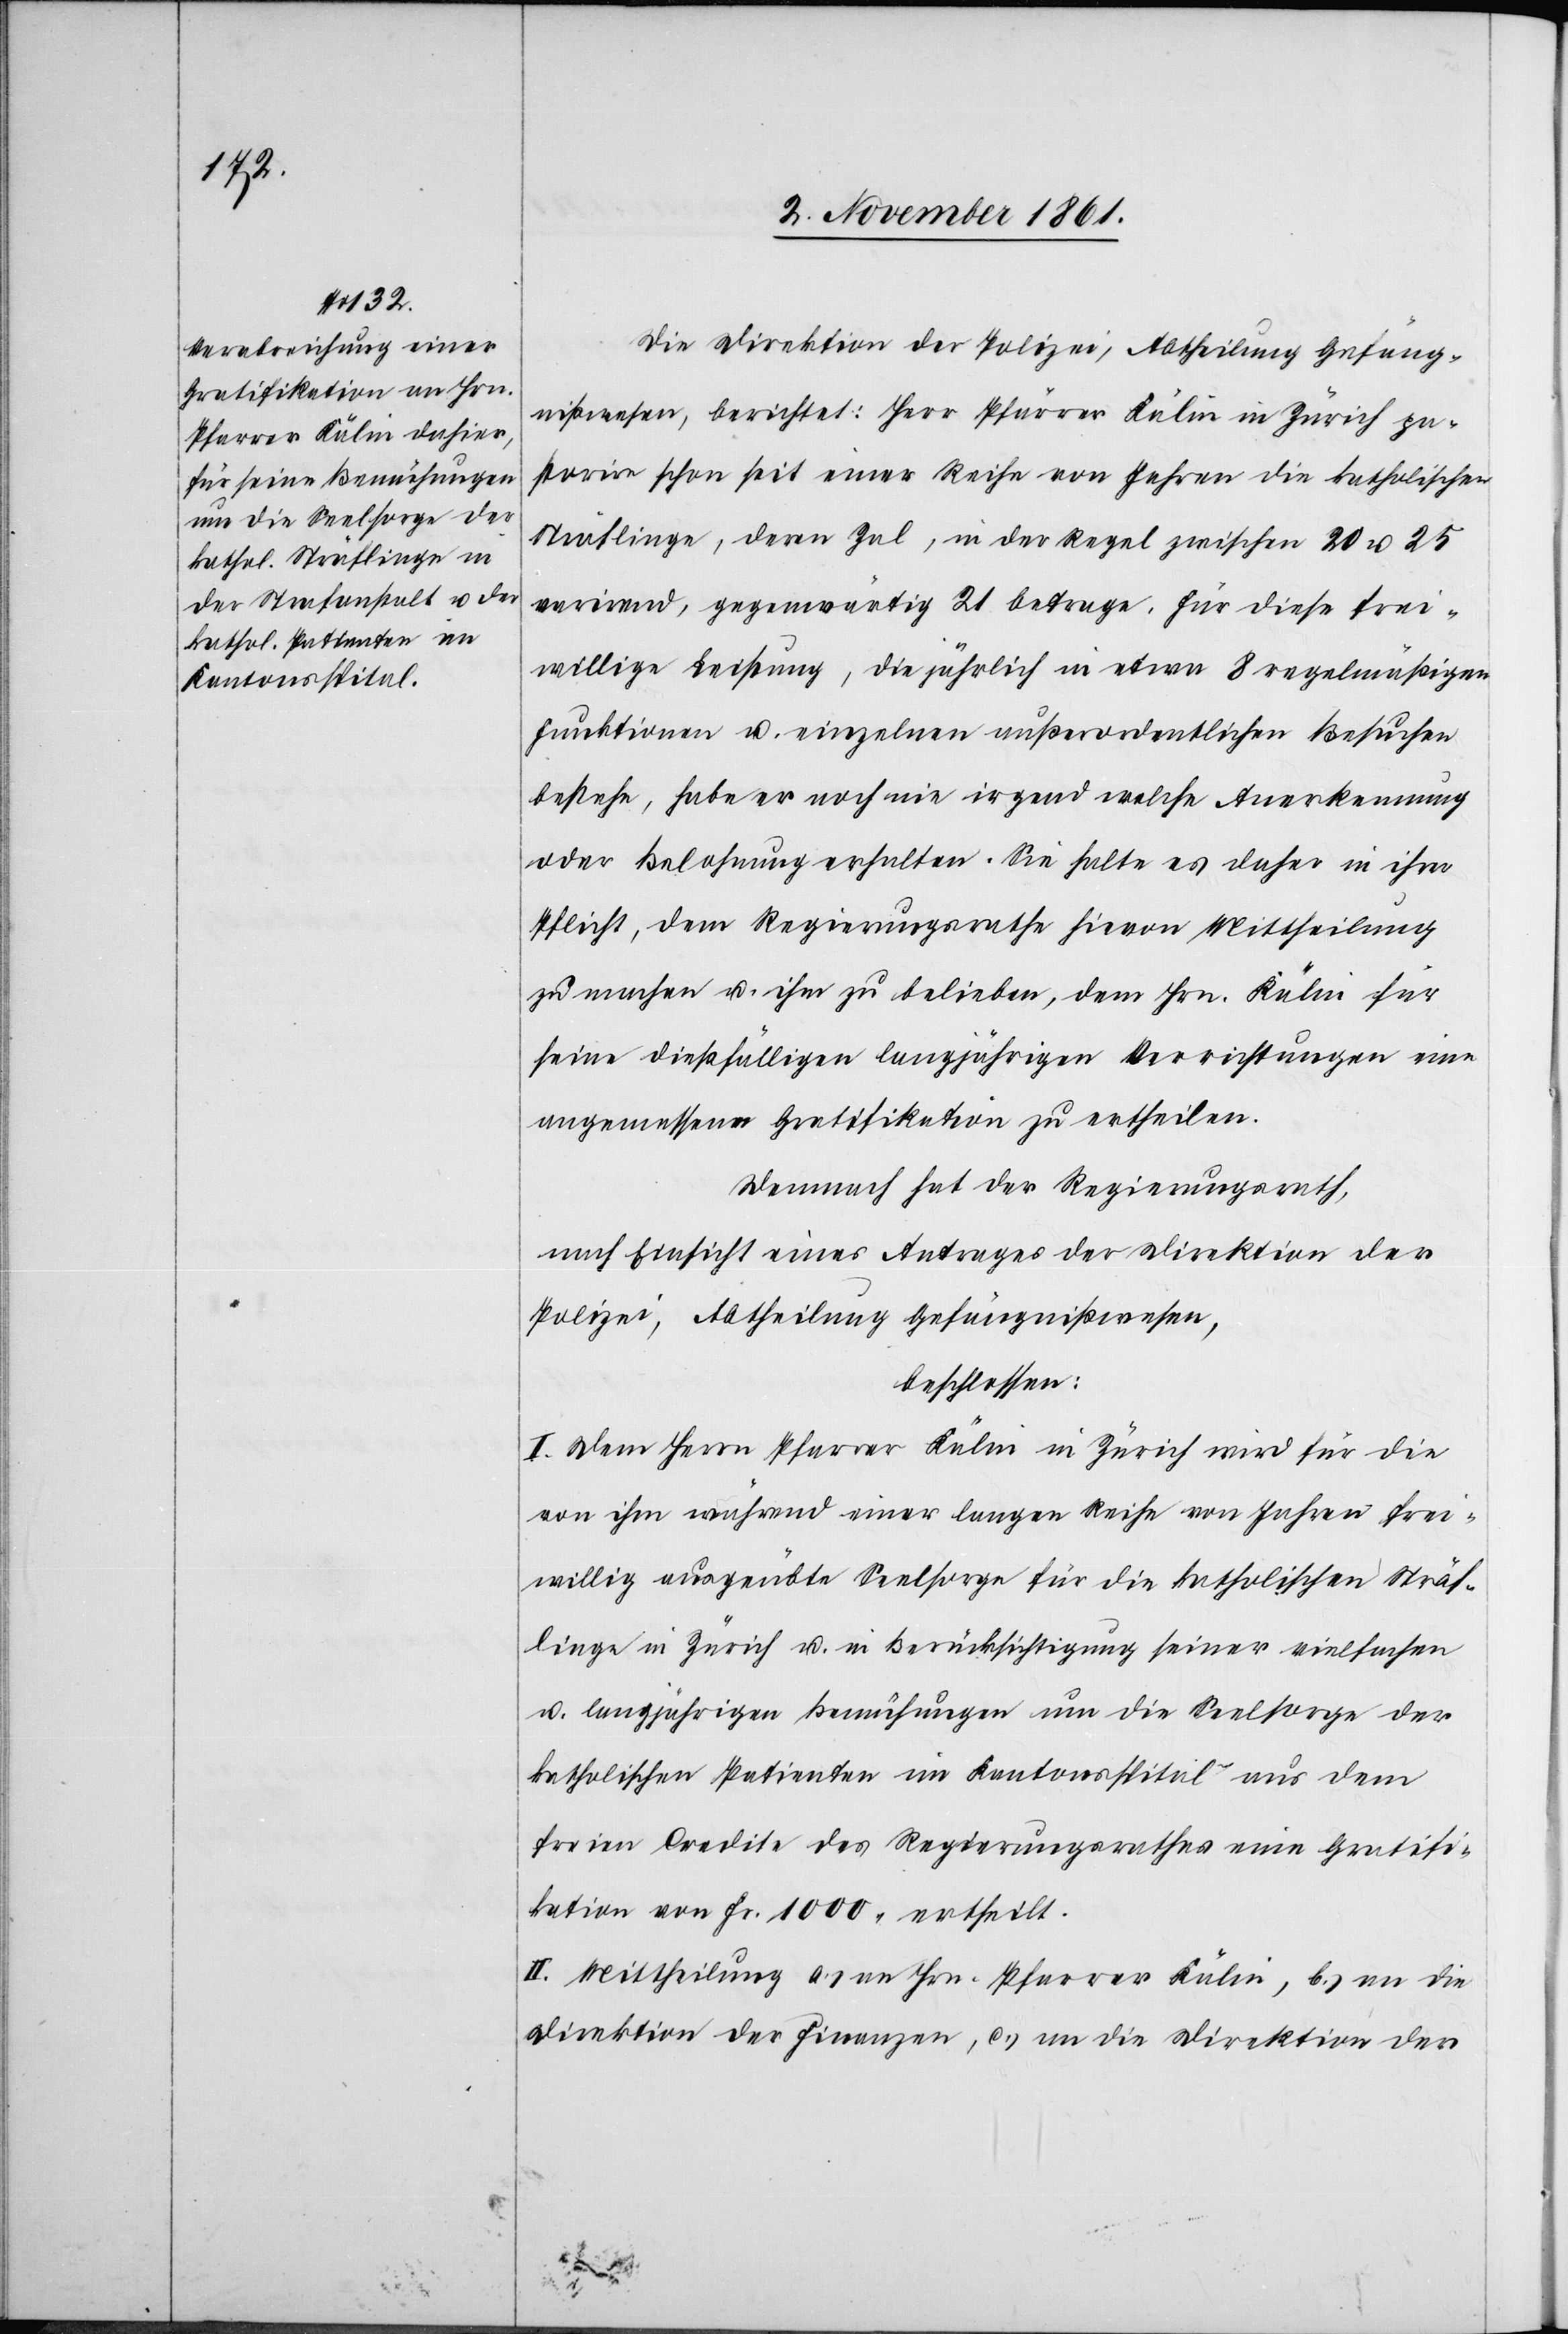
Reihe

Die Direktion der Polizei, Abtheilung Gefäng¬
nißwesen, berichtet: Herr Pfarrer Kälin pastorire s¬
Sträflinge, deren Zal [sic!], in der Regel zwischen 20 u. 25
varirend, gegenwärtig 21 betrage. Für diese frei¬
willige Leistung, die jährlich in etwa 8 regelmäßigen
Funktionen u. einzelnen außerordentlichen Besuchen
bestehe, habe er noch nie irgend welche Anerkennung
oder Belohnung erhalten. Sie halte es daher in ihrer
Pflicht, dem Regierungsrathe hievon Mittheilung
zu machen u. ihm zu belieben, dem Hrn. Kälin für
seine dießfälligen langjährigen Verrichtungen eine
angemessene Gratifikation zu ertheilen.
Demnach hat der Regierungsrath,
nach Einsicht eines Antrages der Direktion der
Polizei, Abtheilung Gefängnißwesen,
beschlossen:
I. Dem Herrn Pfarrer Kälin in Zürich wird für die
von ihm während einer langen Reihe von Jahren frei¬
willig ausgeübte Seelsorge für die katholischen Sträf¬
linge in Zürich u. in Berücksichtigung seiner vielfachen
u. langjährigen Bemühungen um die Seelsorge der
katholischen Patienten im Kantonsspital aus dem
freien Credite des Regierungsrathes eine Gratifi¬
kation von Fr. 1000 ertheilt.
II. Mittheilung a) an Hrn. Pfarrer Kälin, b) an die
Direktion der Finanzen, c.) an die Direktion der
Jahren